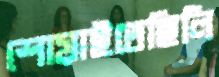
শোয়াইতেছিলি